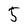
Character: 5